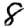
Digit: 8